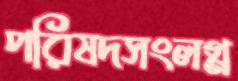
পরিষদসংলগ্ন